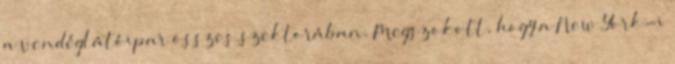
a vendéglátóipar összes szektorában. Megszokott, hogy a New York-i